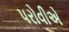
પરોવીએ